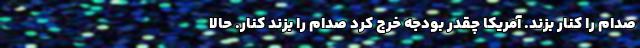
صدام را کنار بزند. آمریکا چقدر بودجه خرج کرد صدام را بزند کنار. حالا